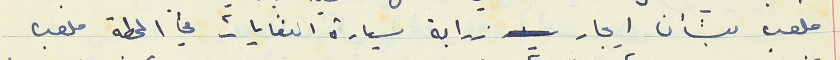
ملعب بشأن ايجار زرابة سيارة النفايات في المحطة ملعب